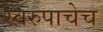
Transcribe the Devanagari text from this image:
स्वरुपाचेच